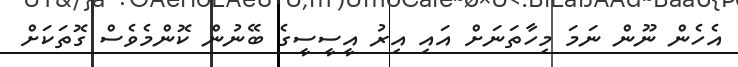
އެހެން ނޫން ނަމަ މިހާތަނަށް އައި އިރު އީސީސީގެ ބޭނުން ކޮންމެވެސް ގޮތަކަށް